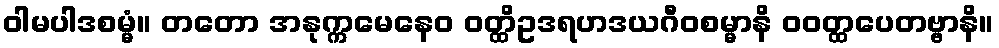
ဝါမပါဒစမ္မံ။ တတော အနုက္ကမေနေဝ ဝတ္ထိဥဒရဟဒယဂီဝစမ္မာနိ ဝဝတ္ထပေတဗ္ဗာနိ။